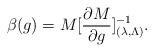
LaTeX: \begin{align*}\beta(g) = M [{\partial M \over \partial g}]^{-1}_{(\lambda, \Lambda)}.\end{align*}